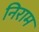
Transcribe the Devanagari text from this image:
निराम